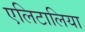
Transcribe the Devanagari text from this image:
एलिटालिया